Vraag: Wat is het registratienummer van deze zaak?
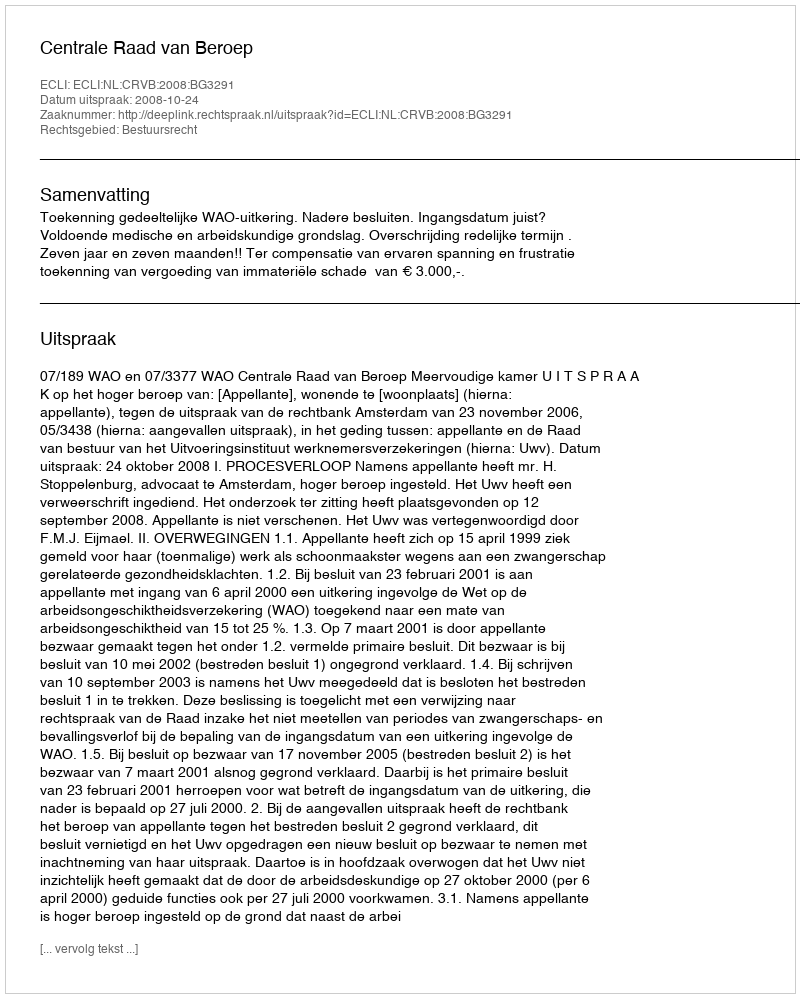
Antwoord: http://deeplink.rechtspraak.nl/uitspraak?id=ECLI:NL:CRVB:2008:BG3291